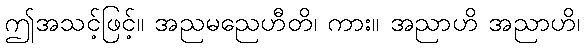
ဤအသင့်ဖြင့်။ အညမညေဟီတိ၊ ကား။ အညာဟိ အညာဟိ၊